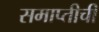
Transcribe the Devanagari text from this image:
समाप्तीची